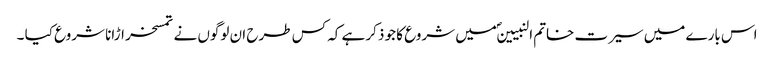
اس بارے میں سیرت خاتم النبیینؐ میں شروع کا جو ذکر ہے کہ کس طرح ان لوگوں نے تمسخر اڑانا شروع کیا ۔